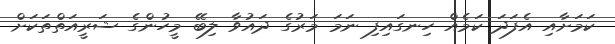
ކަމަށާއި އެފަދަ ކަމެއް ހިނގައިފި ނަމަ މަރުގެ ދައުވާ ލިބޭ މީހުންގެ ޝަރީއަތްތަކަށް